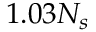
1 . 0 3 N _ { s }